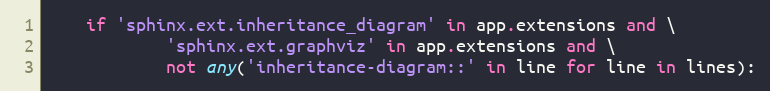
Language: Python
    if 'sphinx.ext.inheritance_diagram' in app.extensions and \
            'sphinx.ext.graphviz' in app.extensions and \
            not any('inheritance-diagram::' in line for line in lines):